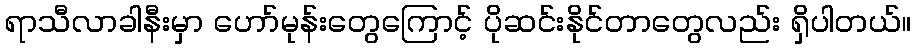
ရာသီလာခါနီးမှာ ဟော်မုန်းတွေကြောင့် ပိုဆင်းနိုင်တာတွေလည်း ရှိပါတယ်။